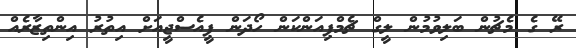
ރޭ ގެ މެޗުން ބަލިވުމުން ލީގް ޗެމްޕިއަންކަން ހޯދަން ޕީއެސްޖީއަށް އިތުރު އިންތިޒާރެއް